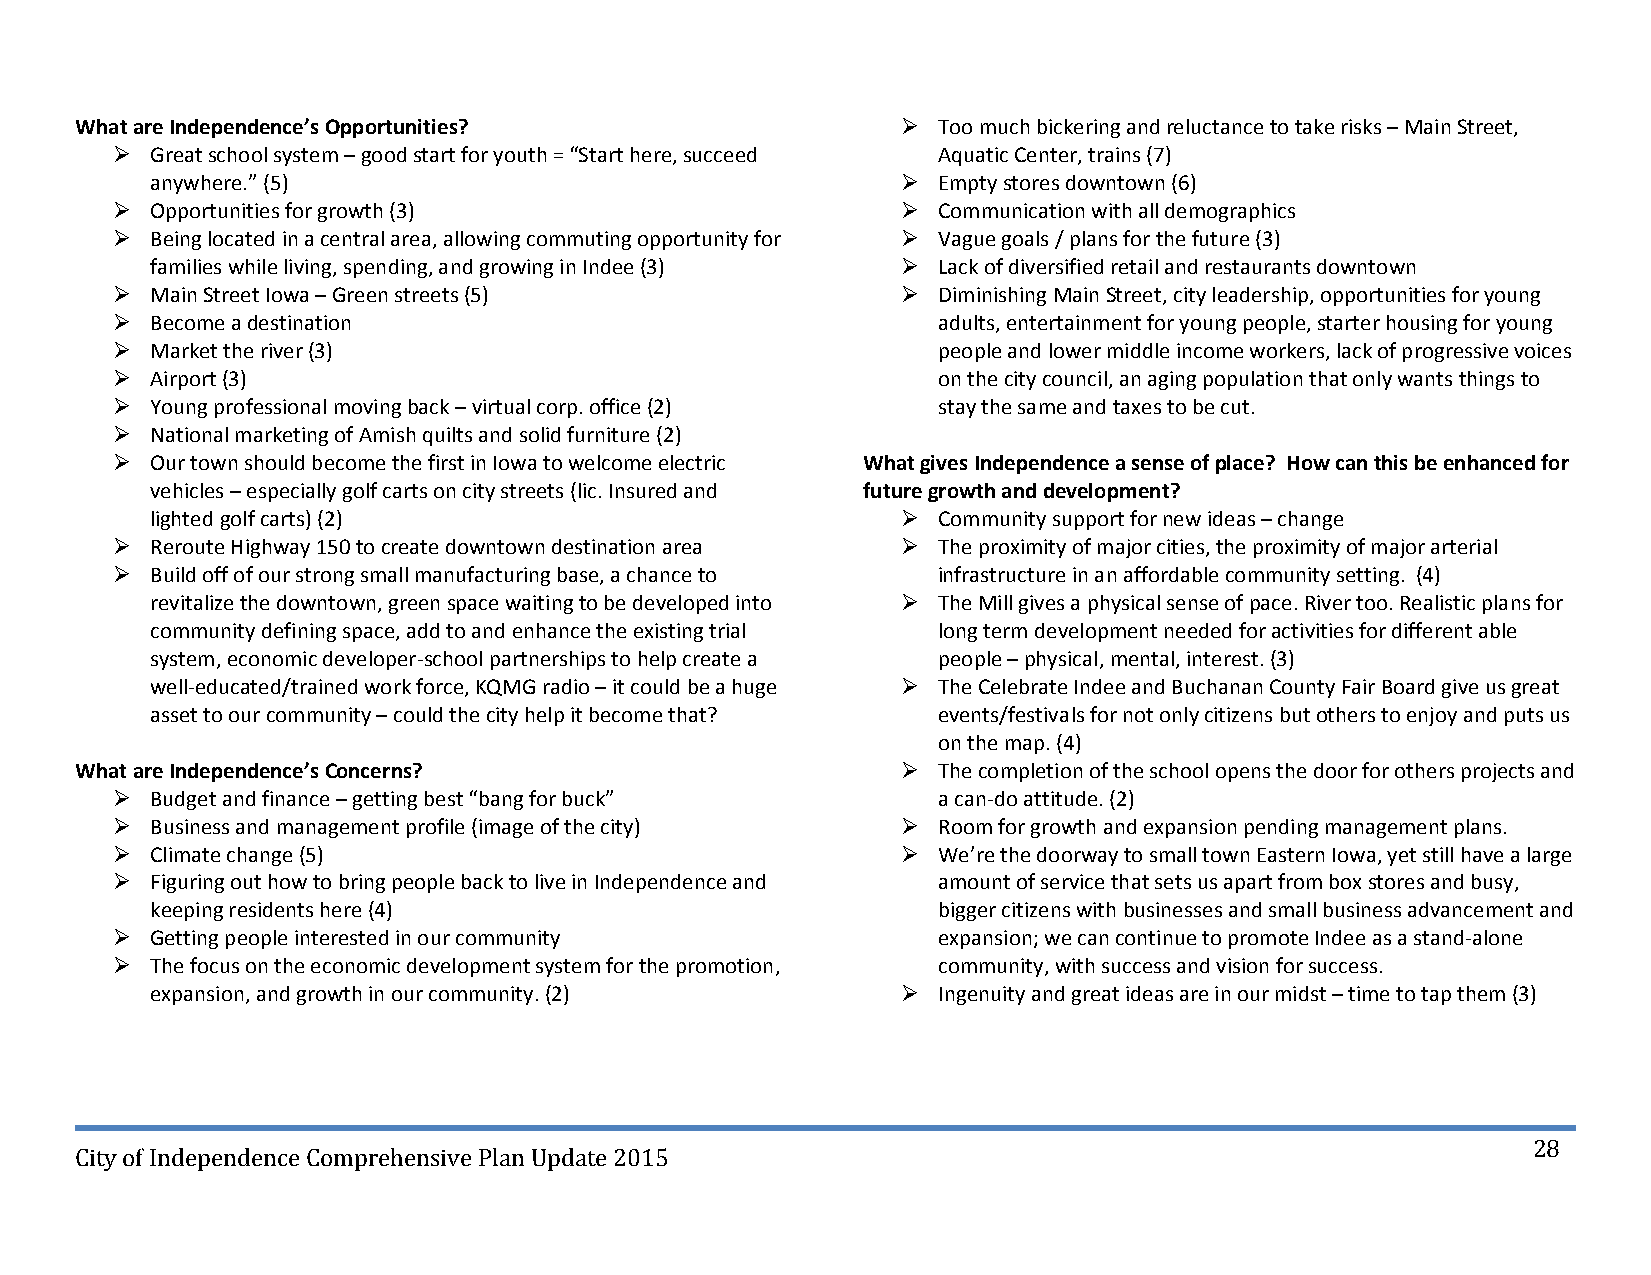
What are Independence’s Opportunities?                  Too much bickering and reluctance to take risks – Main Street,
   Great school system – good start for youth = “Start here, succeed Aquatic Center, trains (7)
 anywhere.” (5)                                     Empty stores downtown (6)
   Opportunities for growth (3)                       Communication with all demographics
   Being located in a central area, allowing commuting opportunity for  Vague goals / plans for the future (3)
 families while living, spending, and growing in Indee (3)  Lack of diversified retail and restaurants downtown
   Main Street Iowa – Green streets (5)               Diminishing Main Street, city leadership, opportunities for young
   Become a destination                                adults, entertainment for young people, starter housing for young
   Market the river (3)                                people and lower middle income workers, lack of progressive voices
   Airport (3)                                         on the city council, an aging population that only wants things to
   Young professional moving back – virtual corp. office (2) stay the same and taxes to be cut.
   National marketing of Amish quilts and solid furniture (2)
   Our town should become the first in Iowa to welcome electric What gives Independence a sense of place? How can this be enhanced for
 vehicles – especially golf carts on city streets (lic. Insured and future growth and development?
 lighted golf carts) (2)                            Community support for new ideas – change
   Reroute Highway 150 to create downtown destination area  The proximity of major cities, the proximity of major arterial
   Build off of our strong small manufacturing base, a chance to infrastructure in an affordable community setting. (4)
 revitalize the downtown, green space waiting to be developed into  The Mill gives a physical sense of pace. River too. Realistic plans for
 community defining space, add to and enhance the existing trial long term development needed for activities for different able
 system, economic developer‐school partnerships to help create a people – physical, mental, interest. (3)
 well‐educated/trained work force, KQMG radio – it could be a huge  The Celebrate Indee and Buchanan County Fair Board give us great
 asset to our community – could the city help it become that? events/festivals for not only citizens but others to enjoy and puts us
 on the map. (4)
 What are Independence’s Concerns?                       The completion of the school opens the door for others projects and
   Budget and finance – getting best “bang for buck”   a can‐do attitude. (2)
   Business and management profile (image of the city)  Room for growth and expansion pending management plans.
   Climate change (5)                                 We’re the doorway to small town Eastern Iowa, yet still have a large
   Figuring out how to bring people back to live in Independence and amount of service that sets us apart from box stores and busy,
 keeping residents here (4)                          bigger citizens with businesses and small business advancement and
   Getting people interested in our community          expansion; we can continue to promote Indee as a stand‐alone
   The focus on the economic development system for the promotion, community, with success and vision for success.
 expansion, and growth in our community. (2)        Ingenuity and great ideas are in our midst – time to tap them (3)
 28
 City of Independence Comprehensive Plan Update 2015